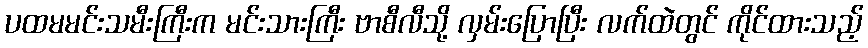
ပထမမင်းသမီးကြီးက မင်းသားကြီး ဗာစီလီသို့ လှမ်းပြောပြီး လက်ထဲတွင် ကိုင်ထားသည့်